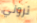
ثروتي